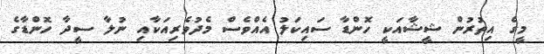
މީގެ އިތުރުން ޝީޝާއަކީ ހޮންޑާ ސައިކަލު އެއްވެސް މެދުވެރިއަކާއި ނުލާ ސީދާ ހޮންޑާގެ